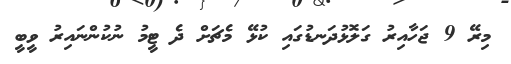
މިރޭ 9 ޖަހާއިރު ގަލޮޅުދަނޑުގައި ކުޅޭ މެޗަށް ދެ ޓީމު ނުކުންނައިރު ވީބީ